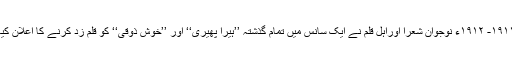
۱۹۱۱- ۱۹۱۲ء نوجوان شعرا اوراہلِ قلم نے ایک سانس میں تمام گذشتہ ’’ہیرا پھیری‘‘ اور ’’خوش ذوقی‘‘ کو قلم زد کرنے کا اعلان کیا۔